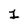
Character: 1